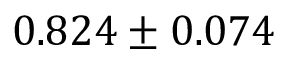
\phantom { - } 0 . 8 2 4 \pm 0 . 0 7 4